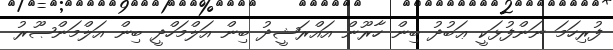
ފުރިހަމަ ނަންފުޅަކީ ޢަބުދު ބިން ހާރޫން އައްރަޝީދު ބިން އަލްމަހްދީ ބިން އަލްމަންޞޫރު